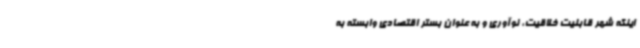
اینکه شهر قابلیت خلاقیت، نوآوری و به عنوان بستر اقتصادی وابسته به